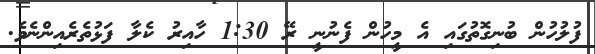
ފުލުހުން ބުނިގޮތުގައި އެ މީހުން ފެނުނީ ރޭ 1:30 ހާއިރު ކެލާ ފަޅުތެރެއިންނެވެ.